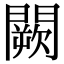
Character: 闕